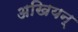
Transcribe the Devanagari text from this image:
अखियन्